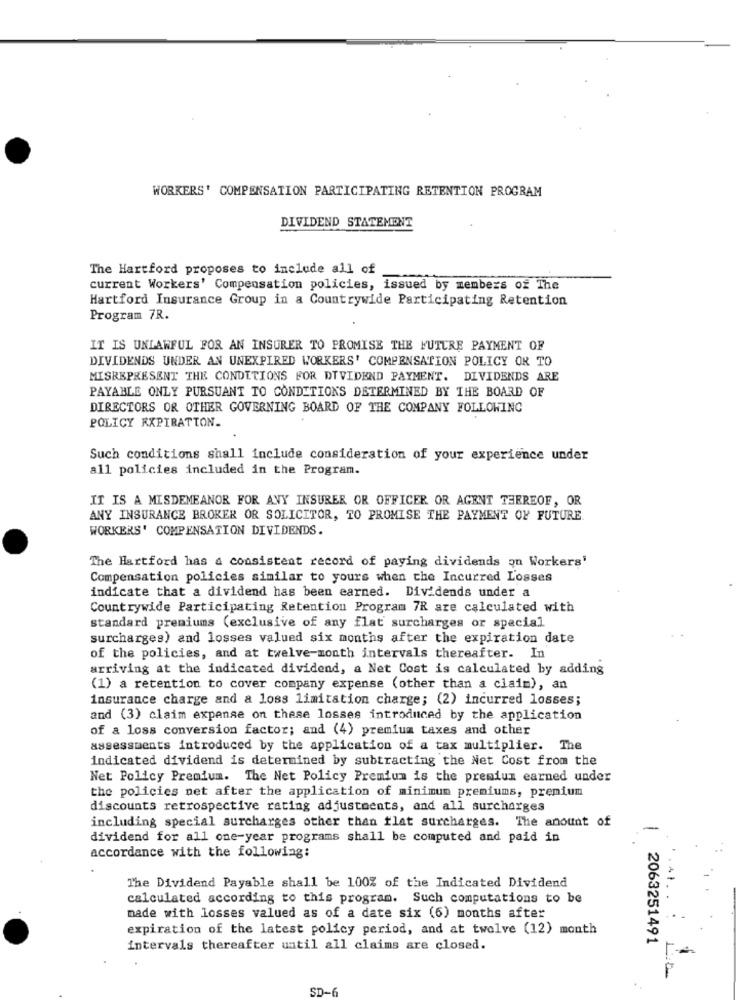
WORKERS' COMPENSATION PARTICIPATING RETENTION PROGRAM
DIVIDEND STATEMENT
The Hartford proposes to include all of
current Workers' Compensation policies, issued by members of The
Hartford Insurance Group in a Countrywide Participating Retention
Program 7R.
IT IS UNLAWFUL FOR AN INSURER TO PROMISE THE FUTURE PAYMENT OF
DIVIDENDS UNDER AN UNEXPIRED WORKERS' COMPENSATION POLICY OR TO
MISREPRESENT THE CONDITIONS FOR DIVIDEND PAYMENT. DIVIDENDS ARE
PAYABLE ONLY PURSUANT TO CONDITIONS DETERMINED BY THE BOARD OF
DIRECTORS OR OTHER GOVERNING BOARD OF THE COMPANY FOLLOWING
POLICY EXPIRATION.
Such conditions shall include consideration of your experience under
all policies included in the Program.
IT IS A MISDEMEANOR FOR ANY INSURER OR OFFICER OR AGENT THEREOF, OR
ANY INSURANCE BROKER OR SOLICITOR, TO PROMISE THE PAYMENT OF FUTURE
WORKERS' COMPENSATION DIVIDENDS.
The Hartford has a consistent record of paying dividends on Workers'
Compensation policies similar to yours when the Incurred Losses
indicate that a dividend has been earned. Dividends under a
Countrywide Participating Retention Program 7R are calculated with
standard premiums (exclusive of any flat surcharges or special
surcharges) and losses valued six months after the expiration date
of the policies, and at twelve-month intervals thereafter. In
arriving at the indicated dividend, a Net Cost is calculated by adding
(1) a retention to cover company expense (other than a claim), an
insurance charge and a loss limitation charge; (2) incurred losses;
and (3) claim expense on these losses introduced by the application
of a loss conversion factor; and (4) premium taxes and other
assessments introduced by the application of a tax multiplier. The
indicated dividend is determined by subtracting the Net Cost from the
Net Policy Premium. The Net Policy Premium is the premium earned under
the policies net after the application of minimum premiums, premium
discounts retrospective rating adjustments, and all surcharges
including special surcharges other than flat surcharges. The amount of
-
dividend for all one-year programs shall be computed and paid in
accordance with the following:
The Dividend Payable shall be 100% of the Indicated Dividend
calculated according to this program. Such computations to be
made with losses valued as of a date six (6) months after
expiration of the latest policy period, and at twelve (12) month
2063251491
intervals thereafter until all claims are closed.
SD-6